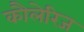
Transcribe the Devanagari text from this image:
कौलेरिज